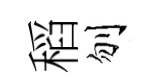
稻刎